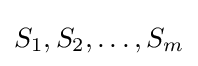
S_{1},S_{2},\ldots ,S_{m}